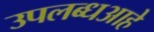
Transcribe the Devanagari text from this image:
उपलब्धआहे